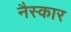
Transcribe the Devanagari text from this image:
नैस्कार